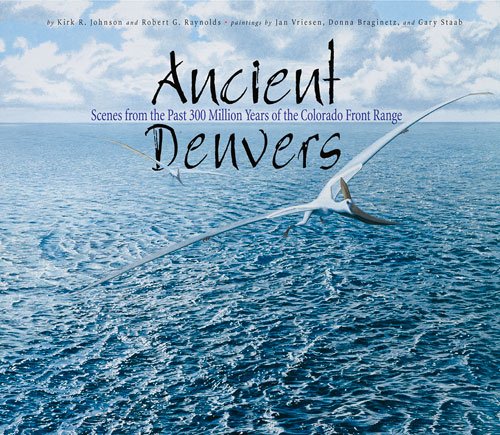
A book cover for Ancient Denvers: Scenes from the Past 300 Million Years of the Colorado Front Range; Kirk Johnson; Science & Math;